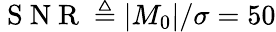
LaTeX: \mathrm{~S~N~R~}\triangleq|M_{0}|/\sigma=50